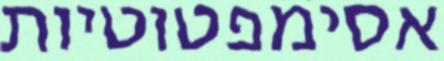
אסימפטוטיות